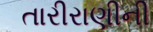
તારીરાણીની